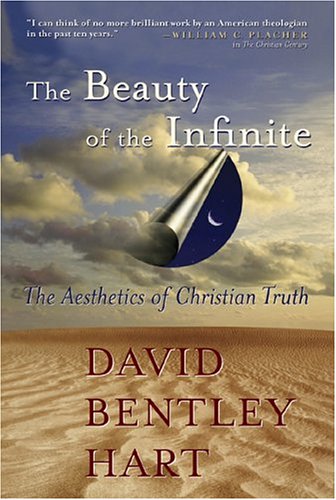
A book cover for The Beauty of the Infinite: The Aesthetics of Christian Truth; David Bentley Hart; Politics & Social Sciences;